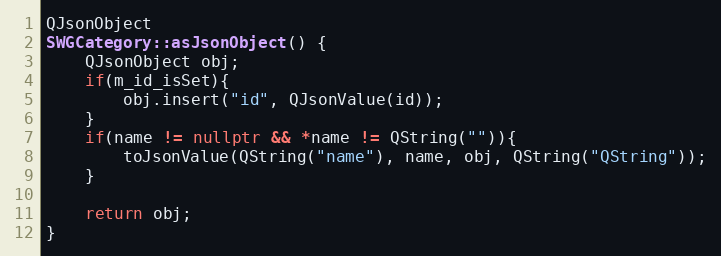
Language: C++
QJsonObject
SWGCategory::asJsonObject() {
    QJsonObject obj;
    if(m_id_isSet){
        obj.insert("id", QJsonValue(id));
    }
    if(name != nullptr && *name != QString("")){
        toJsonValue(QString("name"), name, obj, QString("QString"));
    }

    return obj;
}